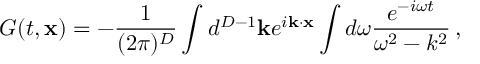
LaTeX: G ( t , { \bf x } ) = - \frac { 1 } { ( 2 \pi ) ^ { D } } \int d ^ { D - 1 } { \bf k } e ^ { i { \bf k } \cdot { \bf x } } \int d \omega \frac { e ^ { - i \omega t } } { \omega ^ { 2 } - k ^ { 2 } } \, ,